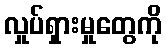
လှုပ်ရှားမှုတွေကို